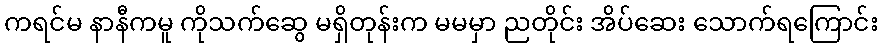
ကရင်မ နာနီကမူ ကိုသက်ဆွေ မရှိတုန်းက မမမှာ ညတိုင်း အိပ်ဆေး သောက်ရကြောင်း